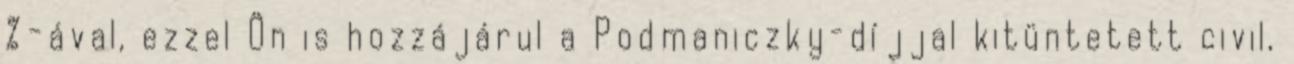
%-ával, ezzel Ön is hozzájárul a Podmaniczky-díjjal kitüntetett civil,